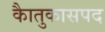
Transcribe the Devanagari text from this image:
काैतुकासपद